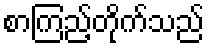
စာကြည့်တိုက်သည်